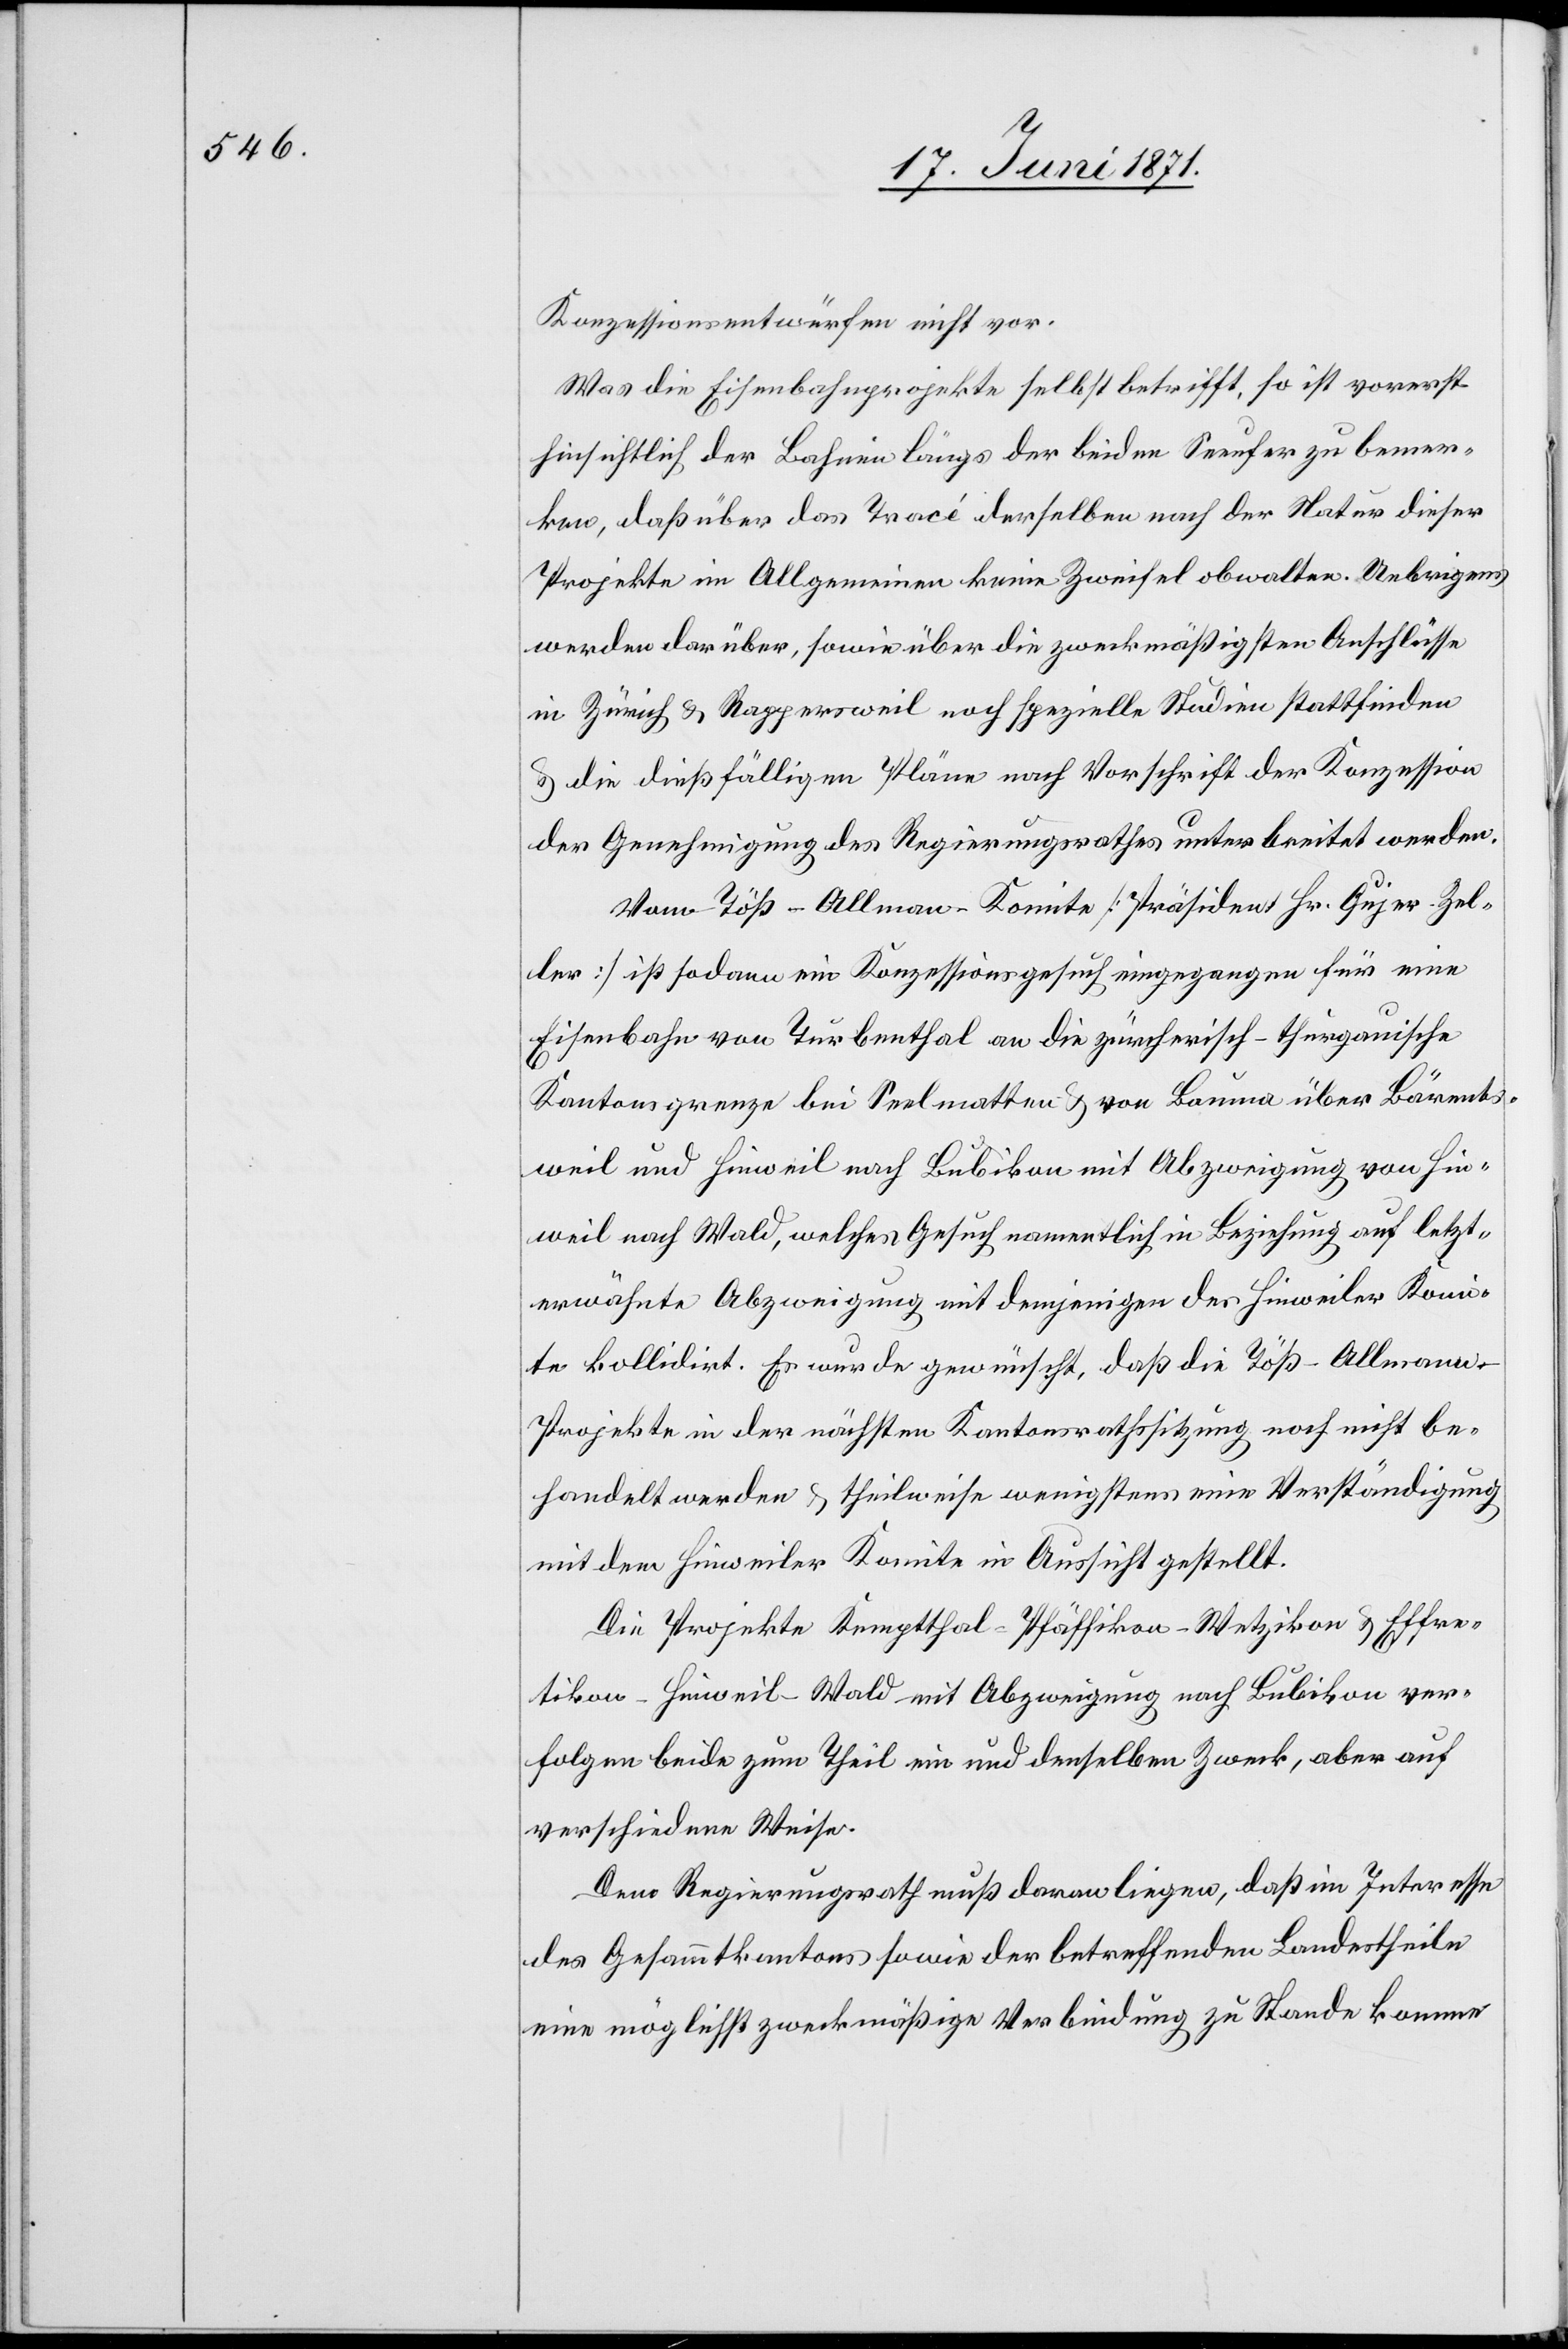
Konzessionsentwürfen nicht vor.
Was die Eisenbahnprojekte selbst betrifft, so ist vorerst
hinsichtlich der Bahnen längs der beiden Seeufer zu bemer¬
ken, daß über das Tracé derselben nach der Natur dieser
Projekte im Allgemeinen keine Zweifel obwalten. Uebrigens
werden darüber, sowie über die zweckmäßigsten Anschlüsse
in Zürich u. Rappersweil noch spezielle Studien stattfinden
u. die dießfälligen Pläne nach Vorschrift der Konzession
der Genehmigung des Regierungsrathes unterbreitet werden.
Vom Töß-Allman-Komite [Präsident Hr. Gujer-Zel¬
ler] ist sodann ein Konzessionsgesuch eingegangen für eine
Eisenbahn von Turbenthal an die zürcherisch-thurgauische
Kantonsgrenze bei Seelmatten u. von Bauma über Bärents¬
weil und Hinweil nach Bubikon mit Abzweigung von Hin¬
weil nach Wald, welches Gesuch namentlich in Beziehung auf letzt¬
erwähnte Abzweigung mit demjenigen des Hinweiler Komi¬
tee kollidirt. Es wurde gewünscht, daß die Töß-Almann
-Projekte in der nächsten Kantonsrathssitzung noch nicht be¬
handelt werden u. theilweise wenigstens eine Verständigung
mit dem Hinweiler Komite in Aussicht gestellt.
Die Projekte Kemptthal-Pfäffikon-Wetzikon u. Effre¬
tikon-Hinweil-Wald mit Abzweigung nach Bubikon ver¬
folgen beide zum Theil ein und denselben Zweck, aber auf
verschiedene Weise.
Dem Regierungsrath muß daran liegen, daß im Interesse
des Gesammtkantons sowie der betreffenden Landestheile
eine möglichst zweckmäßige Verbindung zu Stande komme